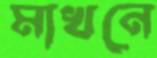
মাখনে